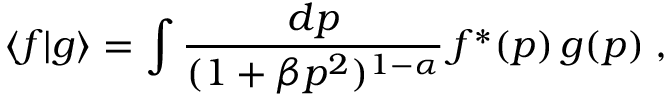
\langle f | g \rangle = \int \frac { d p } { ( 1 + \beta p ^ { 2 } ) ^ { 1 - \alpha } } \, f ^ { * } ( p ) \, g ( p ) \; ,